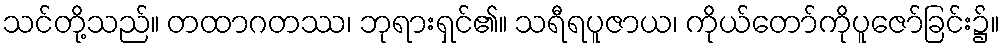
သင်တို့သည်။ တထာဂတဿ၊ ဘုရားရှင်၏။ သရီရပူဇာယ၊ ကိုယ်တော်ကိုပူဇော်ခြင်း၌။